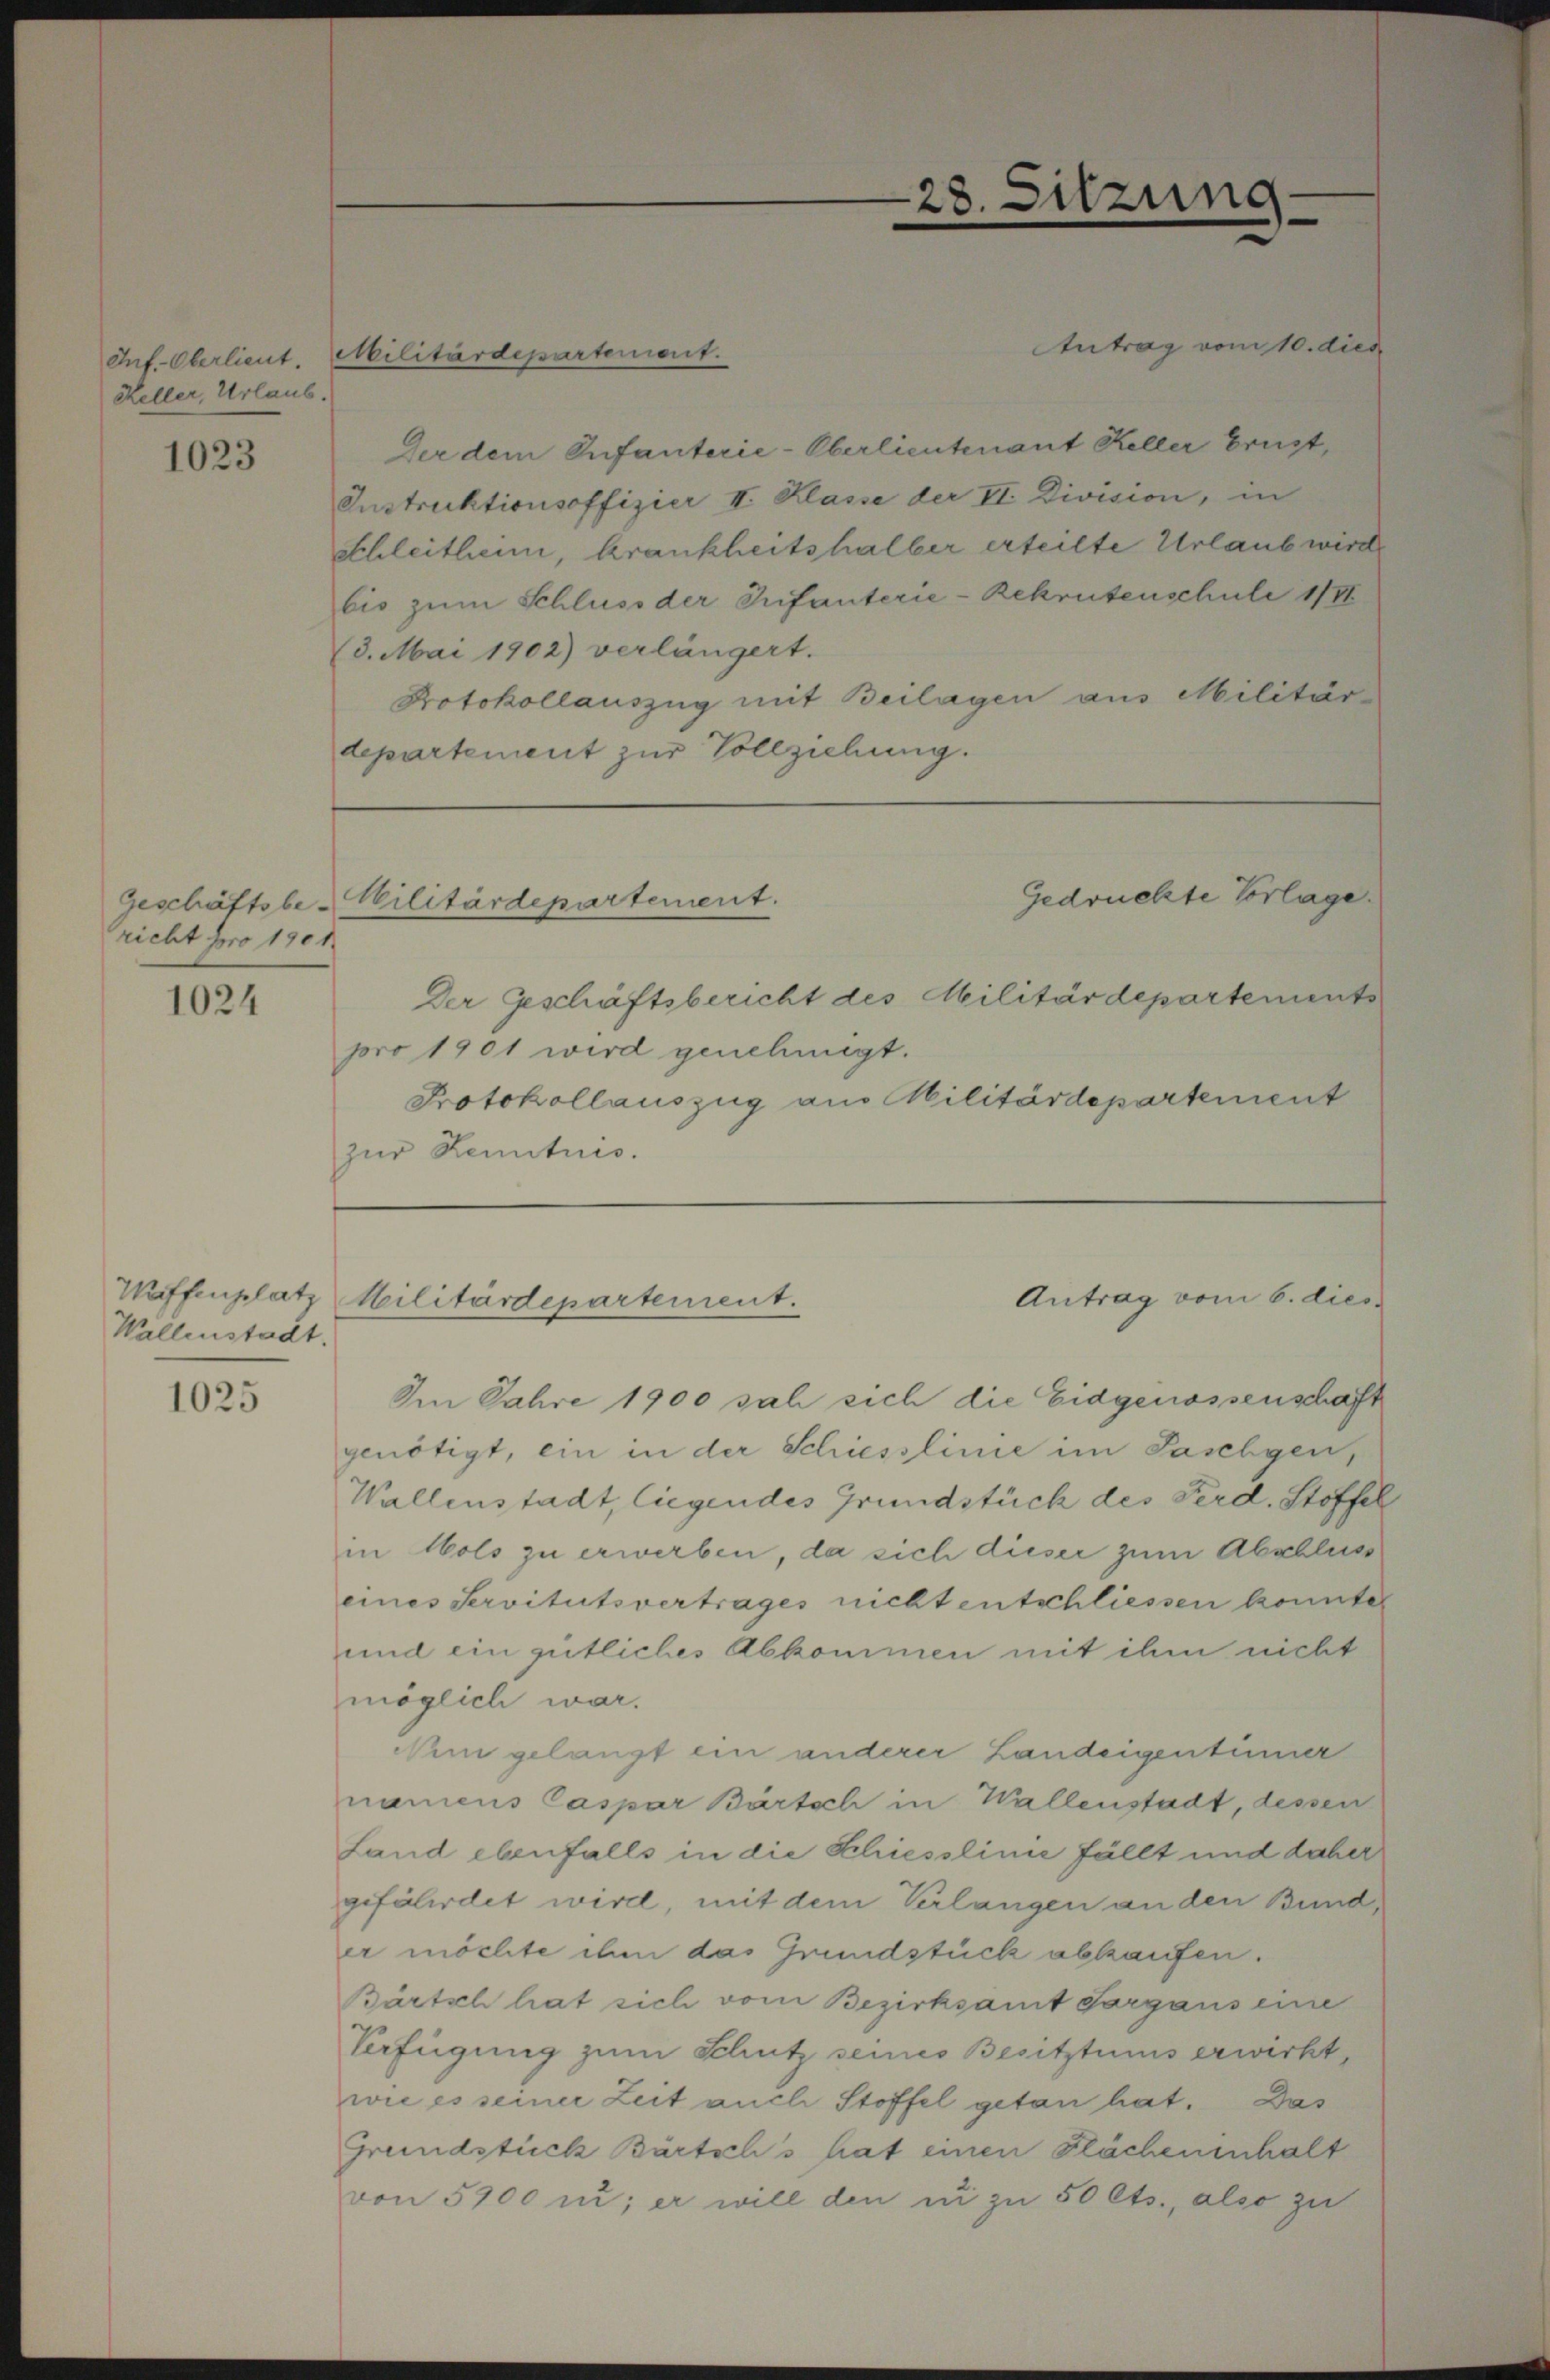
Inf. Oberlieut.
Heller, Urlaub.

1023

Geschäftsbericht pro 1901

1024

Wallenstadt.

1025

Militärdepartement.
3. Mai 1902) verlängert.

Antrag vom 10. dies
Der dem Infanterie-Oberlieutenant Keller Brust,
Instruktionsoffizier II. Klasse der II. Division, in
schleitheim, krankheitshalber erteilte Urlaub wird
bis zum Schluss der Infanterie-Rekrutenschule 1781
Protokollauszug mit Beilagen aus Militär
departement zur Vollziehung.

Militärdepartement.

Wiffenplatz Militärdepartement.

sitzung

.

Gedrückte Vorlage.

Antrag vom 6. dies

Der Geschäftsbericht des Militärdepartements
pro 1901 wird genehmigt.
Protokollauszug am Militärdepartement
zur Kenntnis.

Im Jahre 1900 sah sich die Eidgenossenschaft
genötigt, ein in der Schiesslinie im Jaschgen
Wallenstadt, liegendes Grundstück des Ferd. Stoffel
in Wols zu erwerben, da sich dieser zum Abschluss
eines Servitutsvertrages nicht entschliessen konnte,
und ein gütliches Abkommen mit ihm nicht
möglich war.
Nini gelangt ein anderer Landeigentümer
namens Caspar Bartsch in Wallenstadt, dessen
Land ebenfalls in die Schiesslinie fällt und daher
gefährdet wird, mit dem Verlangen an den Bund,
er möchte ihm das Grundstück abkaufen.
Bürtsch hat sich vom Bezirksamt Sorgans eine
Verfügung zum Schutz seines Besitztunis erwirkt,
wie es seiner Zeit auch Stoffel getan hat. Das
Grundstück Bartschs hat einen Flächenenhalt
von 5000 i; er will den zu zu 50 Cts., also zu